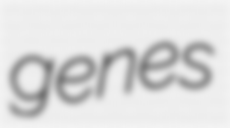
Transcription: genes